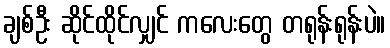
ချစ်ဦး ဆိုင်ထိုင်လျှင် ကလေးတွေ တရုန်းရုန်းပဲ။